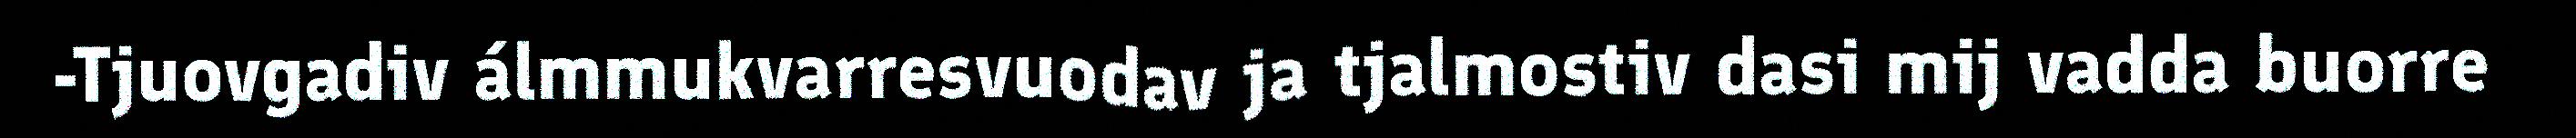
-Tjuovgadiv álmmukvarresvuodav ja tjalmostiv dasi mij vadda buorre